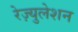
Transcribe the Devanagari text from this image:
रेज़्युलेशन